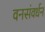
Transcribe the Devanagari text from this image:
वनसंवर्धन